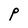
Character: P